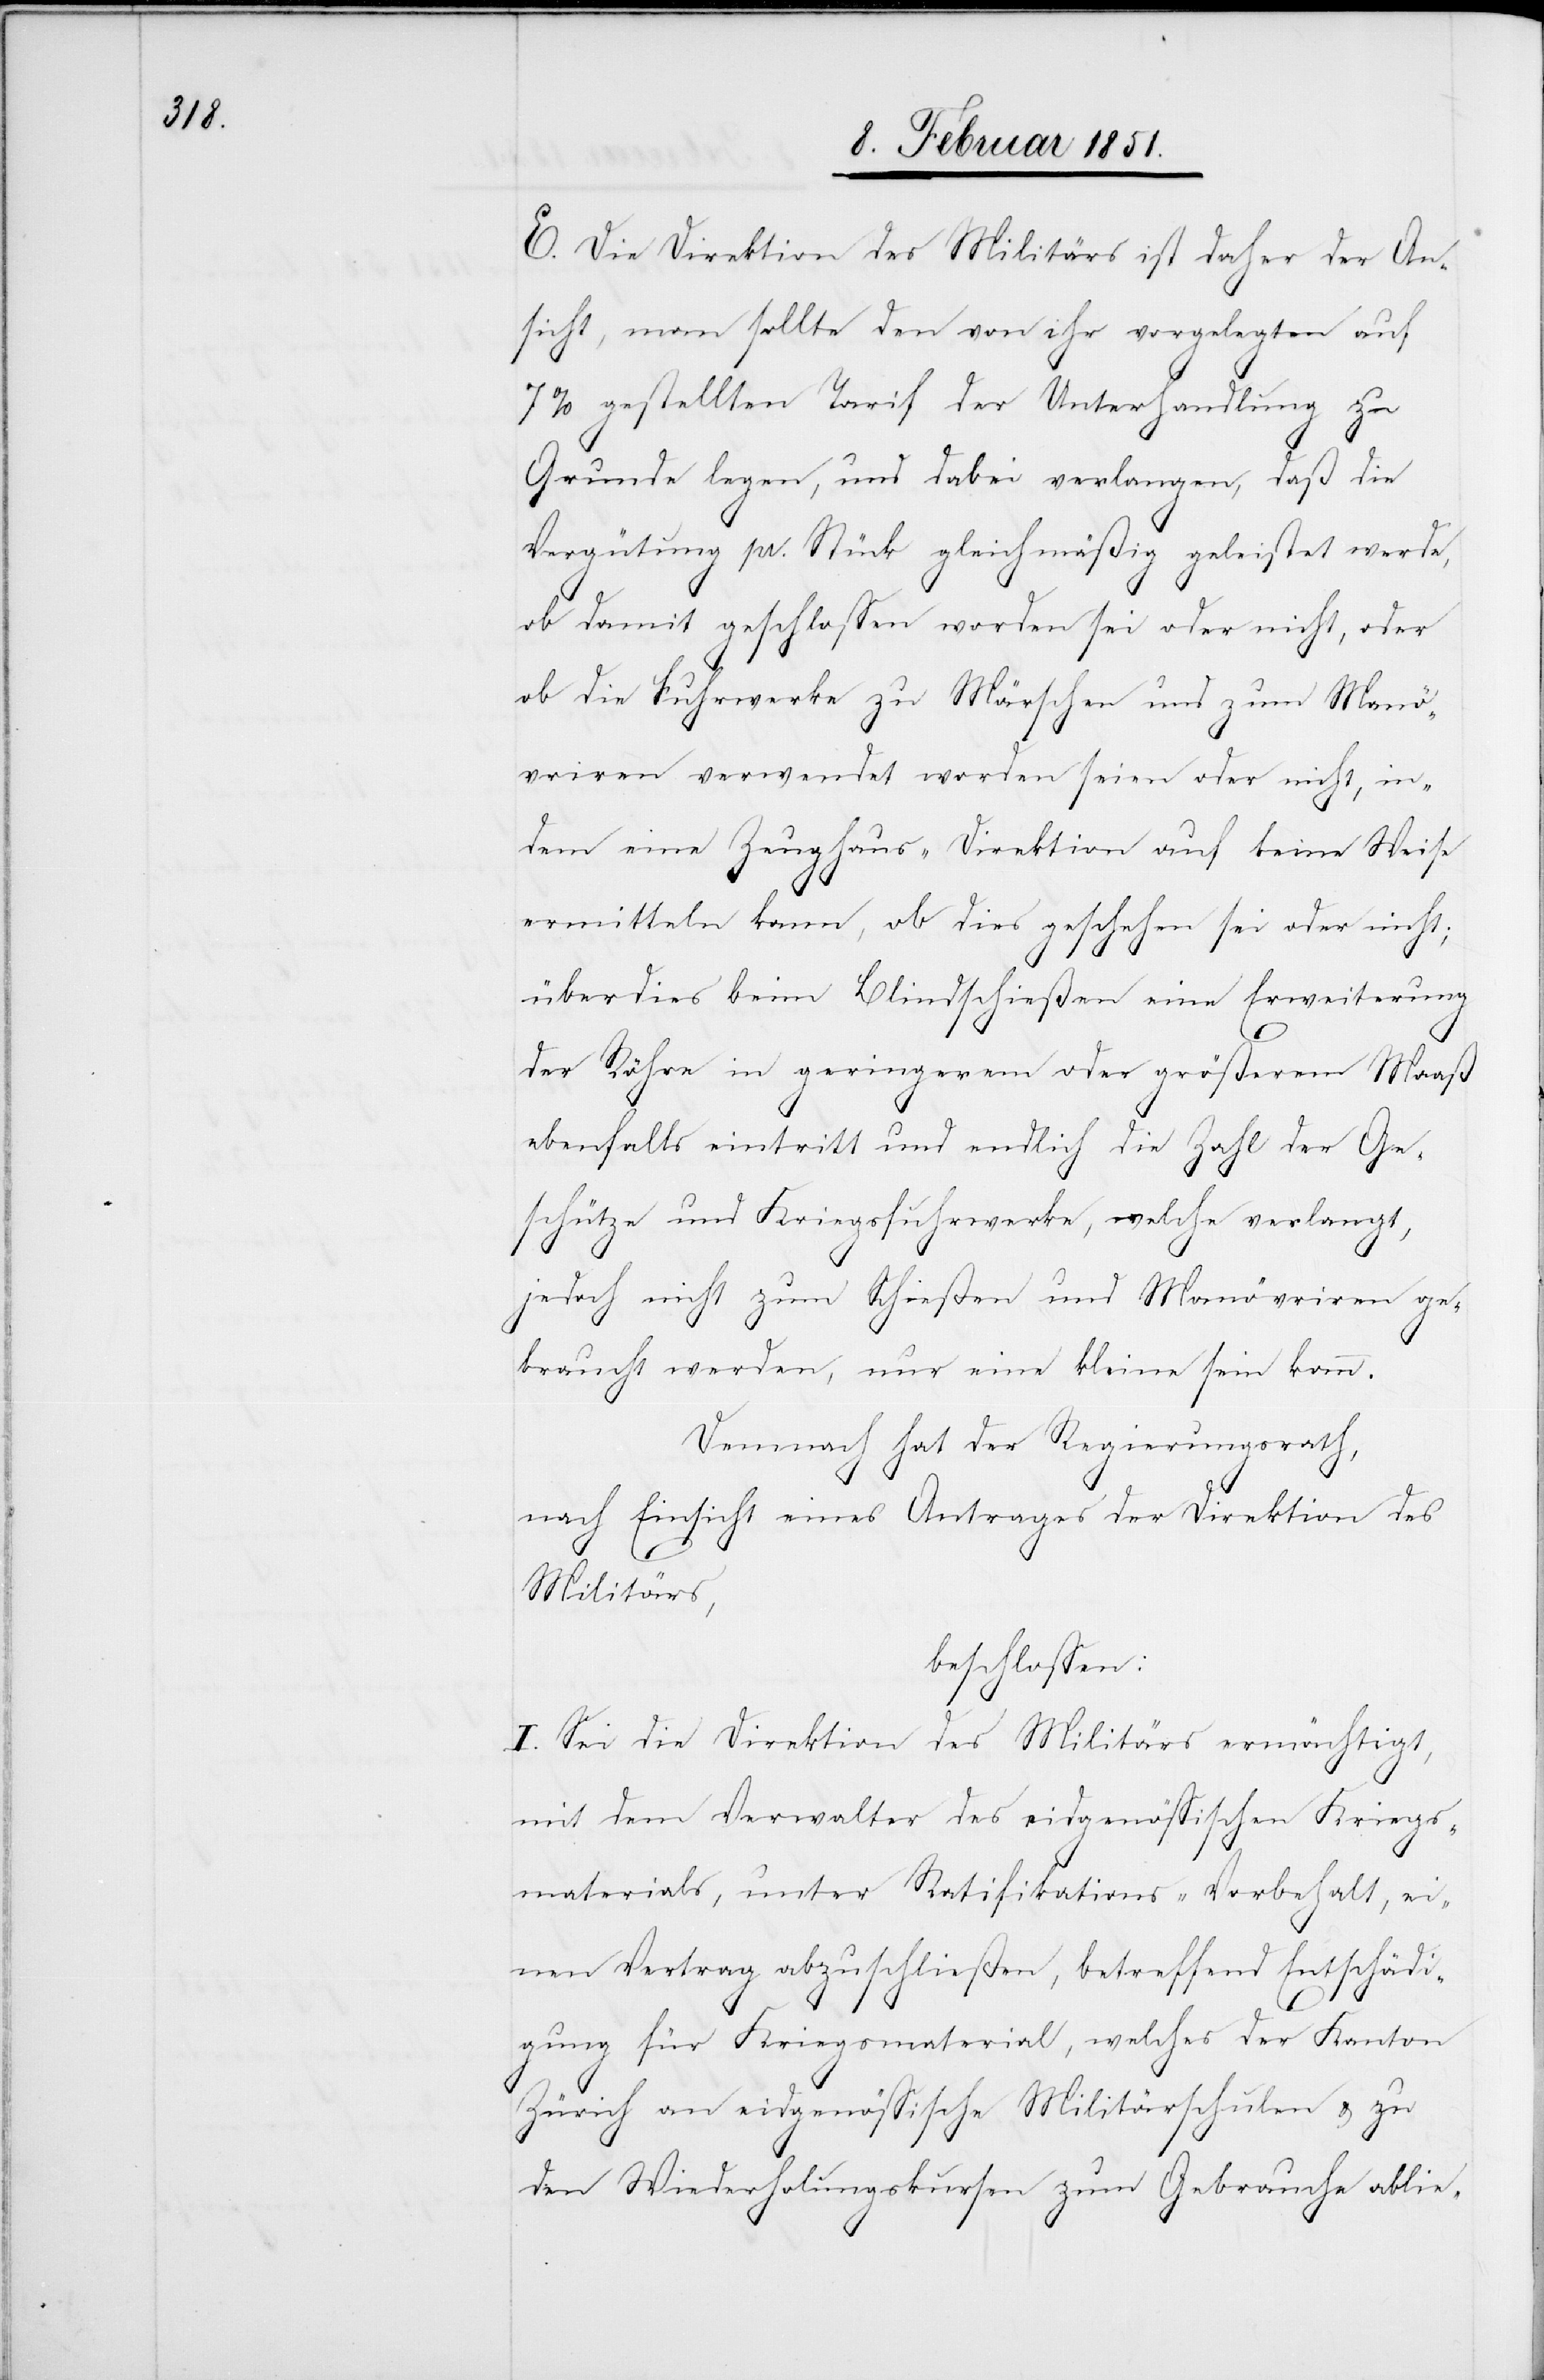
E. Die Direktion des Militärs ist daher der An¬
sicht, man sollte den von ihr vorgelegten auf
7% gestellten Tarif der Unterhandlung zu
Grunde legen, und dabei verlangen, daß die
Vergütung pr. Stück gleichmäßig geleistet werde,
[recte: geschossen] worden sei oder nicht, oder
ob die Fuhrwerke zu Märschen und zum Manö¬
vriren verwendet worden seien oder nicht, in¬
dem eine Zeughaus-Direktion auf keine Weise
ermitteln kann, ob dies geschehen sei oder nicht;
überdies beim Blindschießen eine Erweiterung
der Röhre in geringerem oder größerem Maaß
ebenfalls eintritt und endlich die Zahl der Ge¬
schütze und Kriegsfuhrwerke, welche verlangt,
jedoch nicht zum Schießen und Manövriren ge¬
braucht werden, nur eine kleine sein kann.
Demnach hat der Regierungsrath,
nach Einsicht eines Antrages der Direktion des
Militärs,
beschlossen:
I. Sei die Direktion des Militärs ermächtigt,
mit dem Verwalter des eidgenössischen Kriegs¬
materials, unter Ratifikations-Vorbehalt, ei¬
nen Vertrag abzuschließen, betreffend Entschädi¬
gung für Kriegsmaterial, welches der Kanton
Zürich an eidgenössische Militärschulen & zu
den Wiederholungskursen zum Gebrauche ablie-